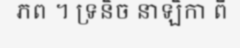
ភព ។ ទ្រនិច នាឡិកា ពី